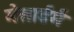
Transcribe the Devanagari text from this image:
मेसार्डर्म